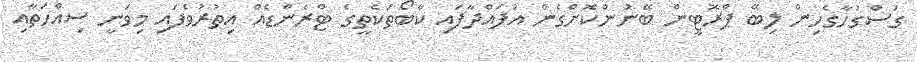
ގަސްގަހާގެހިން ލިބޭ ޕްރޮޓީން ބޭނުންކޮށްގެން އުފައްދާފައި ކާބޯތަކެތީގެ ޓްރެންޑެއް އިތުރުވެފައި މިވަނީ ސިއްހަތާއި